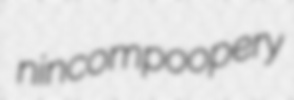
nincompoopery